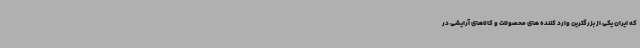
که ایران یکی از بزرگترین وارد کننده های محصولات و کالاهای آرایشی در